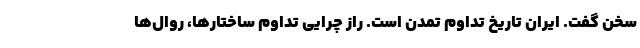
سخن گفت. ایران تاریخ تداوم تمدن است. راز چرایی تداوم ساختارها، روال‌ها